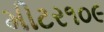
મીટર૧૦૯